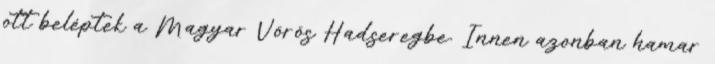
ott beléptek a Magyar Vörös Hadseregbe. Innen azonban hamar